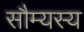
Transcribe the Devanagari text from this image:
सौम्यस्य